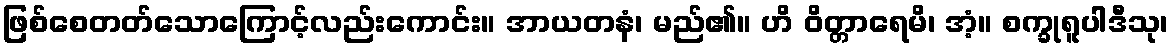
ဖြစ်စေတတ်သောကြောင့်လည်းကောင်း။ အာယတနံ၊ မည်၏။ ဟိ ဝိတ္တာရေမိ၊ အံ့။ စက္ခုရူပါဒီသု၊